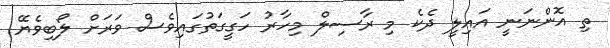
ތި އޮންނަނީ އައިލީ ދެކެ މި ރާސިލް މިހާރު ހަގީގަތުގައިވެސް ވަރަށް ލޯބިވެޔޭ